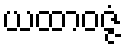
ယထာဝဇ္ဇံ